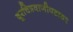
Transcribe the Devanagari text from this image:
दूरचित्रवाणीपटावर